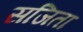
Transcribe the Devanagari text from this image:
सजिता